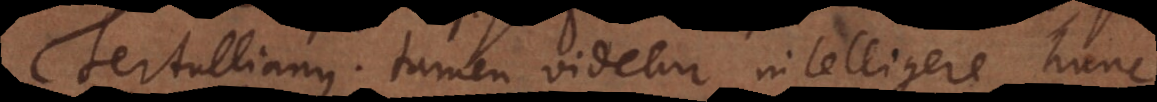
Tertullianus tamen videtur intelligere hunc